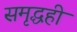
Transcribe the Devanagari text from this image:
समृद्धही